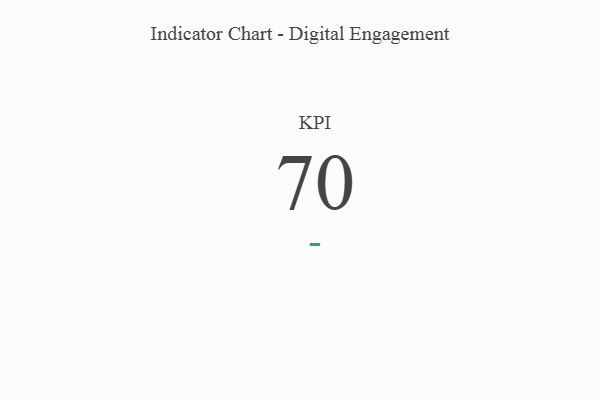
{"axis": {"x": "KPI", "y": "Value"}, "legend": [""], "data": [{"x": "KPI", "y": 70, "type": ""}]}